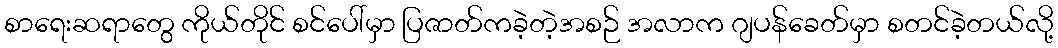
စာရေးဆရာတွေ ကိုယ်တိုင် စင်ပေါ်မှာ ပြဇာတ်ကခဲ့တဲ့အစဉ် အလာက ဂျပန်ခေတ်မှာ စတင်ခဲ့တယ်လို့